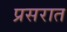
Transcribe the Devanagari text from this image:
प्रसरात